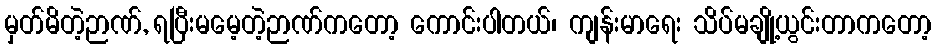
မှတ်မိတဲ့ဉာဏ်, ရပြီးမမေ့တဲ့ဉာဏ်ကတော့ ကောင်းပါတယ်၊ ကျန်းမာရေး သိပ်မချို့ယွင်းတာကတော့